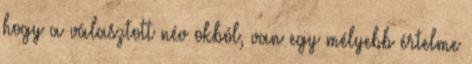
hogy a választott név okból, van egy mélyebb értelme